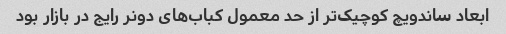
ابعاد ساندویچ کوچیک‌تر از حد معمول کباب‌های دونر رایج در بازار بود